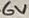
Text: 6V